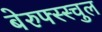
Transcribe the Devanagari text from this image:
बेरुफ्स्स्चुल